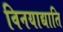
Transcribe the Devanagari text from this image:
विनयाद्याति